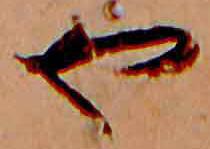
や